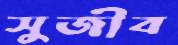
সুজীব